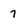
Character: 7